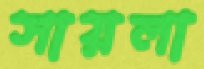
সায়লা